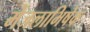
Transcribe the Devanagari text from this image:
मेंजलाभिषेक